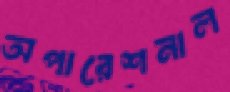
অপারেশনাল